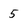
Character: 5